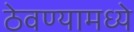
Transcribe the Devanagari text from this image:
ठेवण्यामध्ये